Civil Veterinary Dept. North-West Frontier Province 1901-22 - 1901-1922
Year: 1901
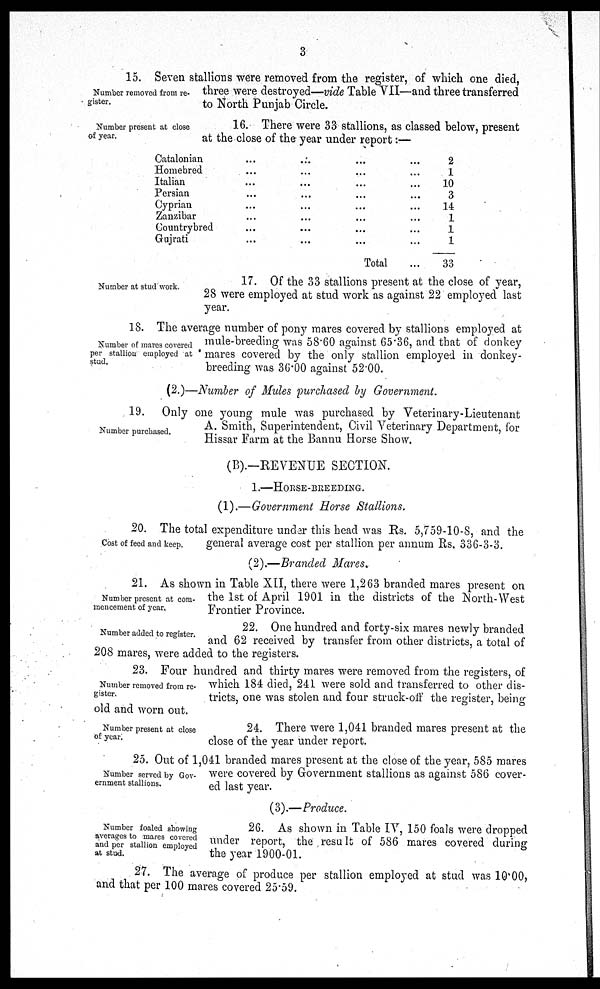
3
Number removed from re-
gister.
15. Seven stallions were removed from the register, of which one died,
three were destroyed—vide Table VII—and three transferred
to North Punjab Circle.
Number present at close
of year.
16. There were 33 stallions, as classed below, present
at the close of the year under report:—
Catalonian
Homebred
Italian
Persian
Cyprian
Zanzibar
Countrybred
Gujrati
...
...
...
...
...
...
...
...
...
...
...
...
...
...
...
...
...
...
...
...
...
...
...
...
Total
...
...
...
...
...
...
...
...
...
2
1
10
3
14
1
1
1
33
Number at stud work.
17. Of the 33 stallions present at the close of year,
28 were employed at stud work as against 22 employed last
year.
Number of mares covered
per stallion employed at
stud.
18. The average number of pony mares covered by stallions employed at
mule-breeding was 58.60 against 65.36, and that of donkey
mares covered by the only stallion employed in donkey-
breeding was 36.00 against 52.00.
(2.)—Number of Mules purchased by Government.
Number purchased.
19. Only one young mule was purchased by Veterinary-Lieutenant
A. Smith, Superintendent, Civil Veterinary Department, for
Hissar Farm at the Bannu Horse Show.
(B).—REVENUE SECTION.
1.—HORSE-BREEDING.
(1).—Government Horse Stallions.
Cost of feed and keep.
20. The total expenditure under this head was Rs. 5,759-10-8, and the
general average cost per stallion per annum Rs. 336-3-3.
(2).—Branded Mares.
Number present at com-
mencement of year.
21. As shown in Table XII, there were 1,263 branded mares present on
the 1st of April 1901 in the districts of the North-West
Frontier Province.
Number added to register.
22. One hundred and forty-six mares newly branded
and 62 received by transfer from other districts, a total of
208 mares, were added to the registers.
Number removed from re-
gister.
23. Four hundred and thirty mares were removed from the registers, of
which 184 died, 241 were sold and transferred to other dis-
tricts, one was stolen and four struck-off the register, being
old and worn out.
Number present at close
of year.
24. There were 1,041 branded mares present at the
close of the year under report.
Number served by Gov-
ernment stallions.
25. Out of 1,041 branded mares present at the close of the year, 585 mares
were covered by Government stallions as against 586 cover-
ed last year.
(3).—Produce.
Number foaled showing
averages to mares covered
and per stallion employed
at stud.
26. As shown in Table IV, 150 foals were dropped
under report, the result of 586 mares covered during
the year 1900-01.
27. The average of produce per stallion employed at stud was 10.00,
and that per 100 mares covered 25.59.